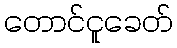
တောင်ငူခေတ်